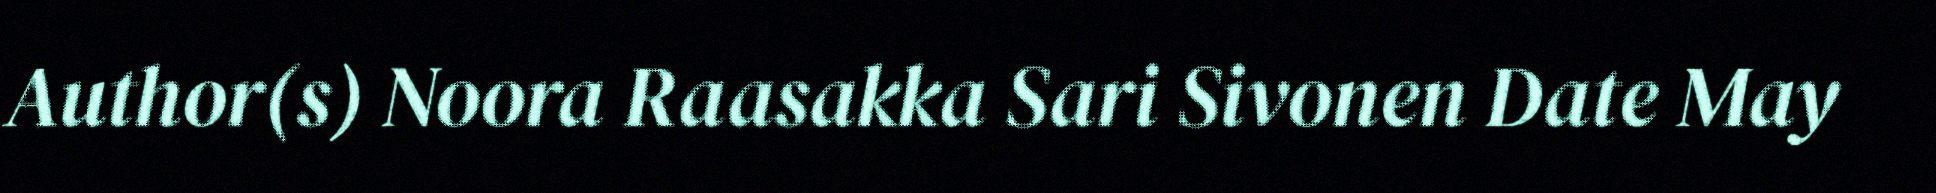
Author(s) Noora Raasakka Sari Sivonen Date May